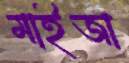
মাইজা